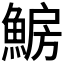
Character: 𩸗